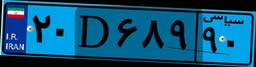
۲۰D۶۸۹۹۰